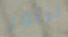
لينور